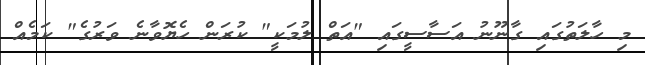
މި ހާލަތުގައި ގާނޫނު އަސާސީގައި "އަތް ލުމަކީ" ކުރަން ހެޔޮވާނެ ވަރުގެ" ކަމެއް